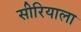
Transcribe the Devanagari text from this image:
सीरियाला